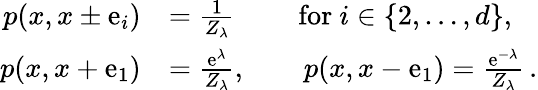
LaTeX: \begin{array}{rl}{p(x,x\pm\textup{e}_{i})}&{=\frac{1}{Z_{\lambda}}\qquad\mathrm{~for~}i\in\{ 2,\dots,d\} ,}\\ {p(x,x+\textup{e}_{1})}&{=\frac{\textup{e}^{\lambda}}{Z_{\lambda}},\qquad p(x,x-\textup{e}_{1})=\frac{\textup{e}^{-\lambda}}{Z_{\lambda}}\, .}\end{array}